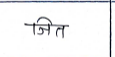
मजकूर: जित